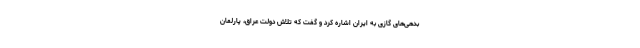
بدهی‌های گازی به ایران اشاره کرد و گفت که تلاش‌ دولت عراق، پارلمان